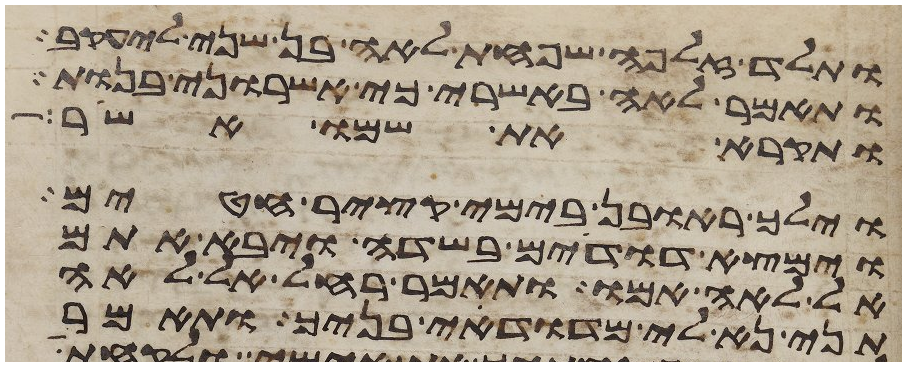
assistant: ותלד זלפה שפחת לאה בן שני ליעקב
ותאמר לאה באשרי כי אשרוני בנות
ותקרא את שמו אשר
וילך ראובן בימי קציר חטים
וימצא דודים בשדה ויבא אתם
אל לאה אמו ותאמר רחל אל לאה
תני נא לי מדודי בניך ותאמר